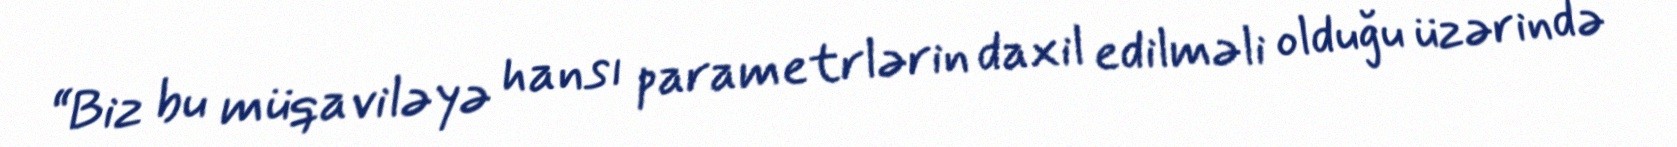
“Biz bu müqaviləyə hansı parametrlərin daxil edilməli olduğu üzərində